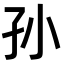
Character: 孙